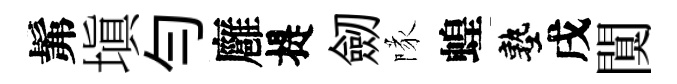
髴塡勻廱提劒隊蝗塾戌闃